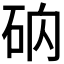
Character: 𥑚